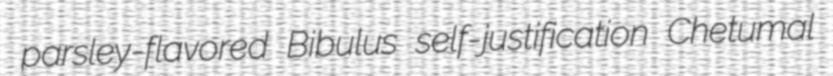
parsley-flavored Bibulus self-justification Chetumal